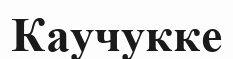
Каучукке